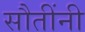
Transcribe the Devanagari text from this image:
सौतींनी